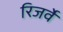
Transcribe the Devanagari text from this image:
रिजर्वे